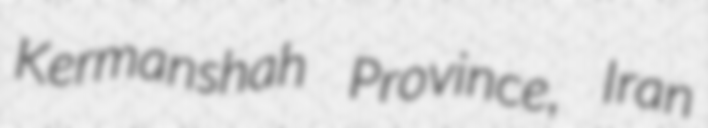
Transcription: Kermanshah Province, Iran